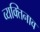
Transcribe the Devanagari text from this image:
व्यक्तिनाव